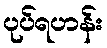
ပုပ်ရဟန်း